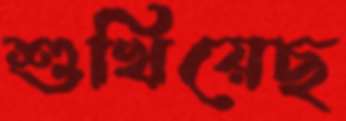
শুখিয়েছ